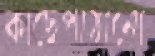
কাছেপাঠানো